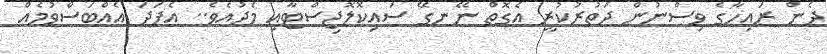
ދެން ރައިހާގެ ވިސްނުން ދަތުރުކުރީ އެގޮތް ނޭނގޭ ސައިކޮލޮޖިސްޓާއި މެދުއެވެ.. އެފަދަ އެއްބަސްވުމެއް